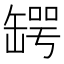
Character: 𦉅